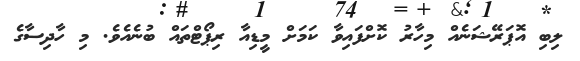
ލިބި އޮޕަރޭޝަނެއް މިހާރު ކޮށްފައިވާ ކަމަށް މީޑިއާ ރިޕޯޓްތައް ބުނެއެވެ. މި ހާދިސާގެ